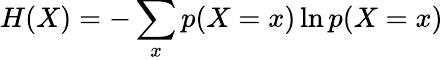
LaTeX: H(X)=-\sum_{x}p(X=x)\ln p(X=x)